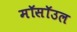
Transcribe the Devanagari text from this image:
मॉसॉउल